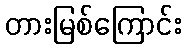
တားမြစ်ကြောင်း